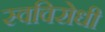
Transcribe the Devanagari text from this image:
स्वविरोधी